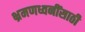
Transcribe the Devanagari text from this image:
भ्रमणध्वनींसाठी